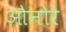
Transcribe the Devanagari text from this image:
औनोरे